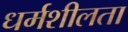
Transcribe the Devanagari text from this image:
धर्मशीलता